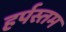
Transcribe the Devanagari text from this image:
हर्पस्तम